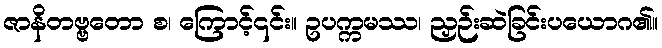
ဇာနိတဗ္ဗတော စ၊ ကြောင့်၎င်း။ ဥပက္ကမဿ၊ ညှဉ်းဆဲခြင်းပယောဂ၏။